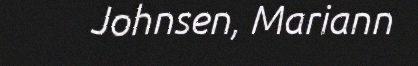
Johnsen, Mariann